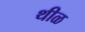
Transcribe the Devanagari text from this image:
थीळ